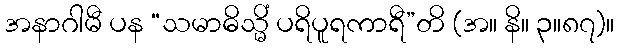
အနာဂါမီ ပန “သမာဓိသ္မိံ ပရိပူရကာရီ”တိ (အ။ နိ။ ၃။၈၇)။